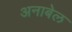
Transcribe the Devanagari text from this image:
अनाबेल